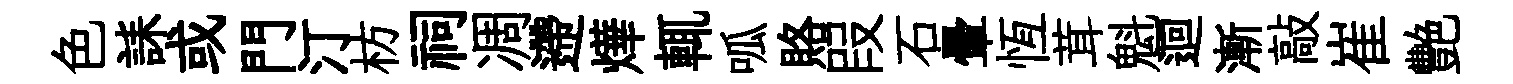
色誄或門汀枋祠凋遰燁輒呱賂叚石暈恆茸魁迴漸敲崔艷